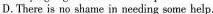
D.There is no shame in needing some help.